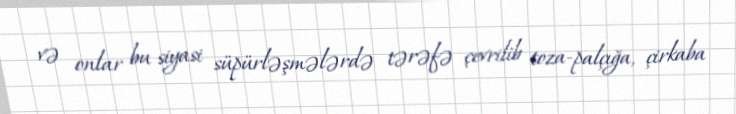
və onlar bu siyasi süpürləşmələrdə tərəfə çevrilib toza-palçığa, çirkaba